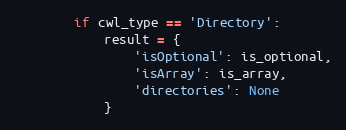
Language: Python
        if cwl_type == 'Directory':
            result = {
                'isOptional': is_optional,
                'isArray': is_array,
                'directories': None
            }